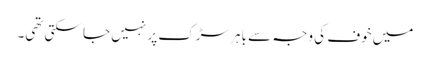
میں خوف کی وجہ سے باہر سڑک پر نہیں جا سکتی تھی۔